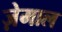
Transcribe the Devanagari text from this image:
ज़ेमाल